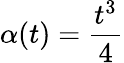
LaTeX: \alpha(t)=\frac{t^{3}}{4}